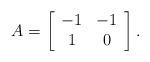
LaTeX: \begin{align*} A= \left[ {\begin{array}{cc} -1 & -1 \\ 1 & 0 \\ \end{array} } \right].\end{align*}